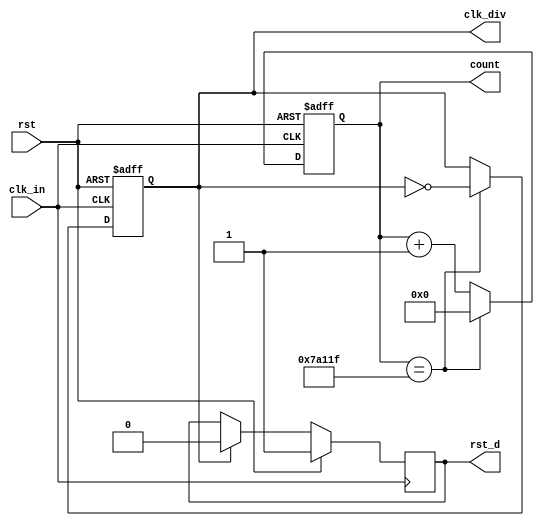
`timescale 1ns / 1ns
/******************************************************************************
 * (C) Copyright 2016 AGH UST All Rights Reserved
 *
 * MODULE:    clk_divider
 * DEVICE:    general
 * PROJECT:   stopwatch
 *
 * ABSTRACT:  The clock divider module. Assuming 100MHz input clock
 *
 * HISTORY:
 * 1 Jan 2016, RS - initial version
 * 20 Jan 2020, SK - added FREQ and DIVISOR parameter
 * 23 Jan 2020, SK - added SRC_FREQ
 *******************************************************************************/
module clk_divider
    # ( parameter
        FREQ = 100, // output divided clock frequency in Hz
        SRC_FREQ = 100_000_000 //source clock frequency in Hz
    )
    (
        input  wire clk_in, // input clock 100 MHz
        input  wire rst,       // async reset active high
        output reg  clk_div,    // output clock
        output reg rst_d,
		output reg [clog2((SRC_FREQ / FREQ)/2)-1:0]	count
    );
    // how many times clk_in should be divided
    localparam DIVISOR = SRC_FREQ / FREQ;
    // when the counter should restart from zero
    localparam LOOP_COUNTER_AT = DIVISOR / 2 ;

    reg rst_d_nxt;
    //reg [clog2(LOOP_COUNTER_AT)-1:0] count;

    always @(posedge(clk_in))
    begin
        if(rst) rst_d <= 1;
        else rst_d <= rst_d_nxt;
    end

    always @*
    begin
        if(clk_div==1'b1) rst_d_nxt <= 0;
        else rst_d_nxt <= rst_d;
    end

    always @( posedge(clk_in), posedge(rst) )
    begin

        if(rst)
        begin : counter_reset
            count   <= #1 0;
            clk_div <= #1 1'b0;
        end

        else
        begin : counter_operate

            if (count == (LOOP_COUNTER_AT - 1))
            begin : counter_loop
                count   <= #1 0;
                clk_div <= #1 ~clk_div;
            end

            else
            begin : counter_increment
                count   <= #1 count + 1;
                clk_div <= #1 clk_div;
            end

        end
    end

    // function to calculate number of bits necessary to store the number
    // (ceiling of base 2 logarithm)
    function integer clog2(input integer number);
        begin
            clog2 = 0;
            while (number)
            begin
                clog2  = clog2 + 1;
                number = number >> 1;
            end
        end
    endfunction
endmodule